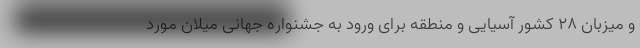
و میزبان ۲۸ کشور آسیایی و منطقه برای ورود به جشنواره جهانی میلان مورد